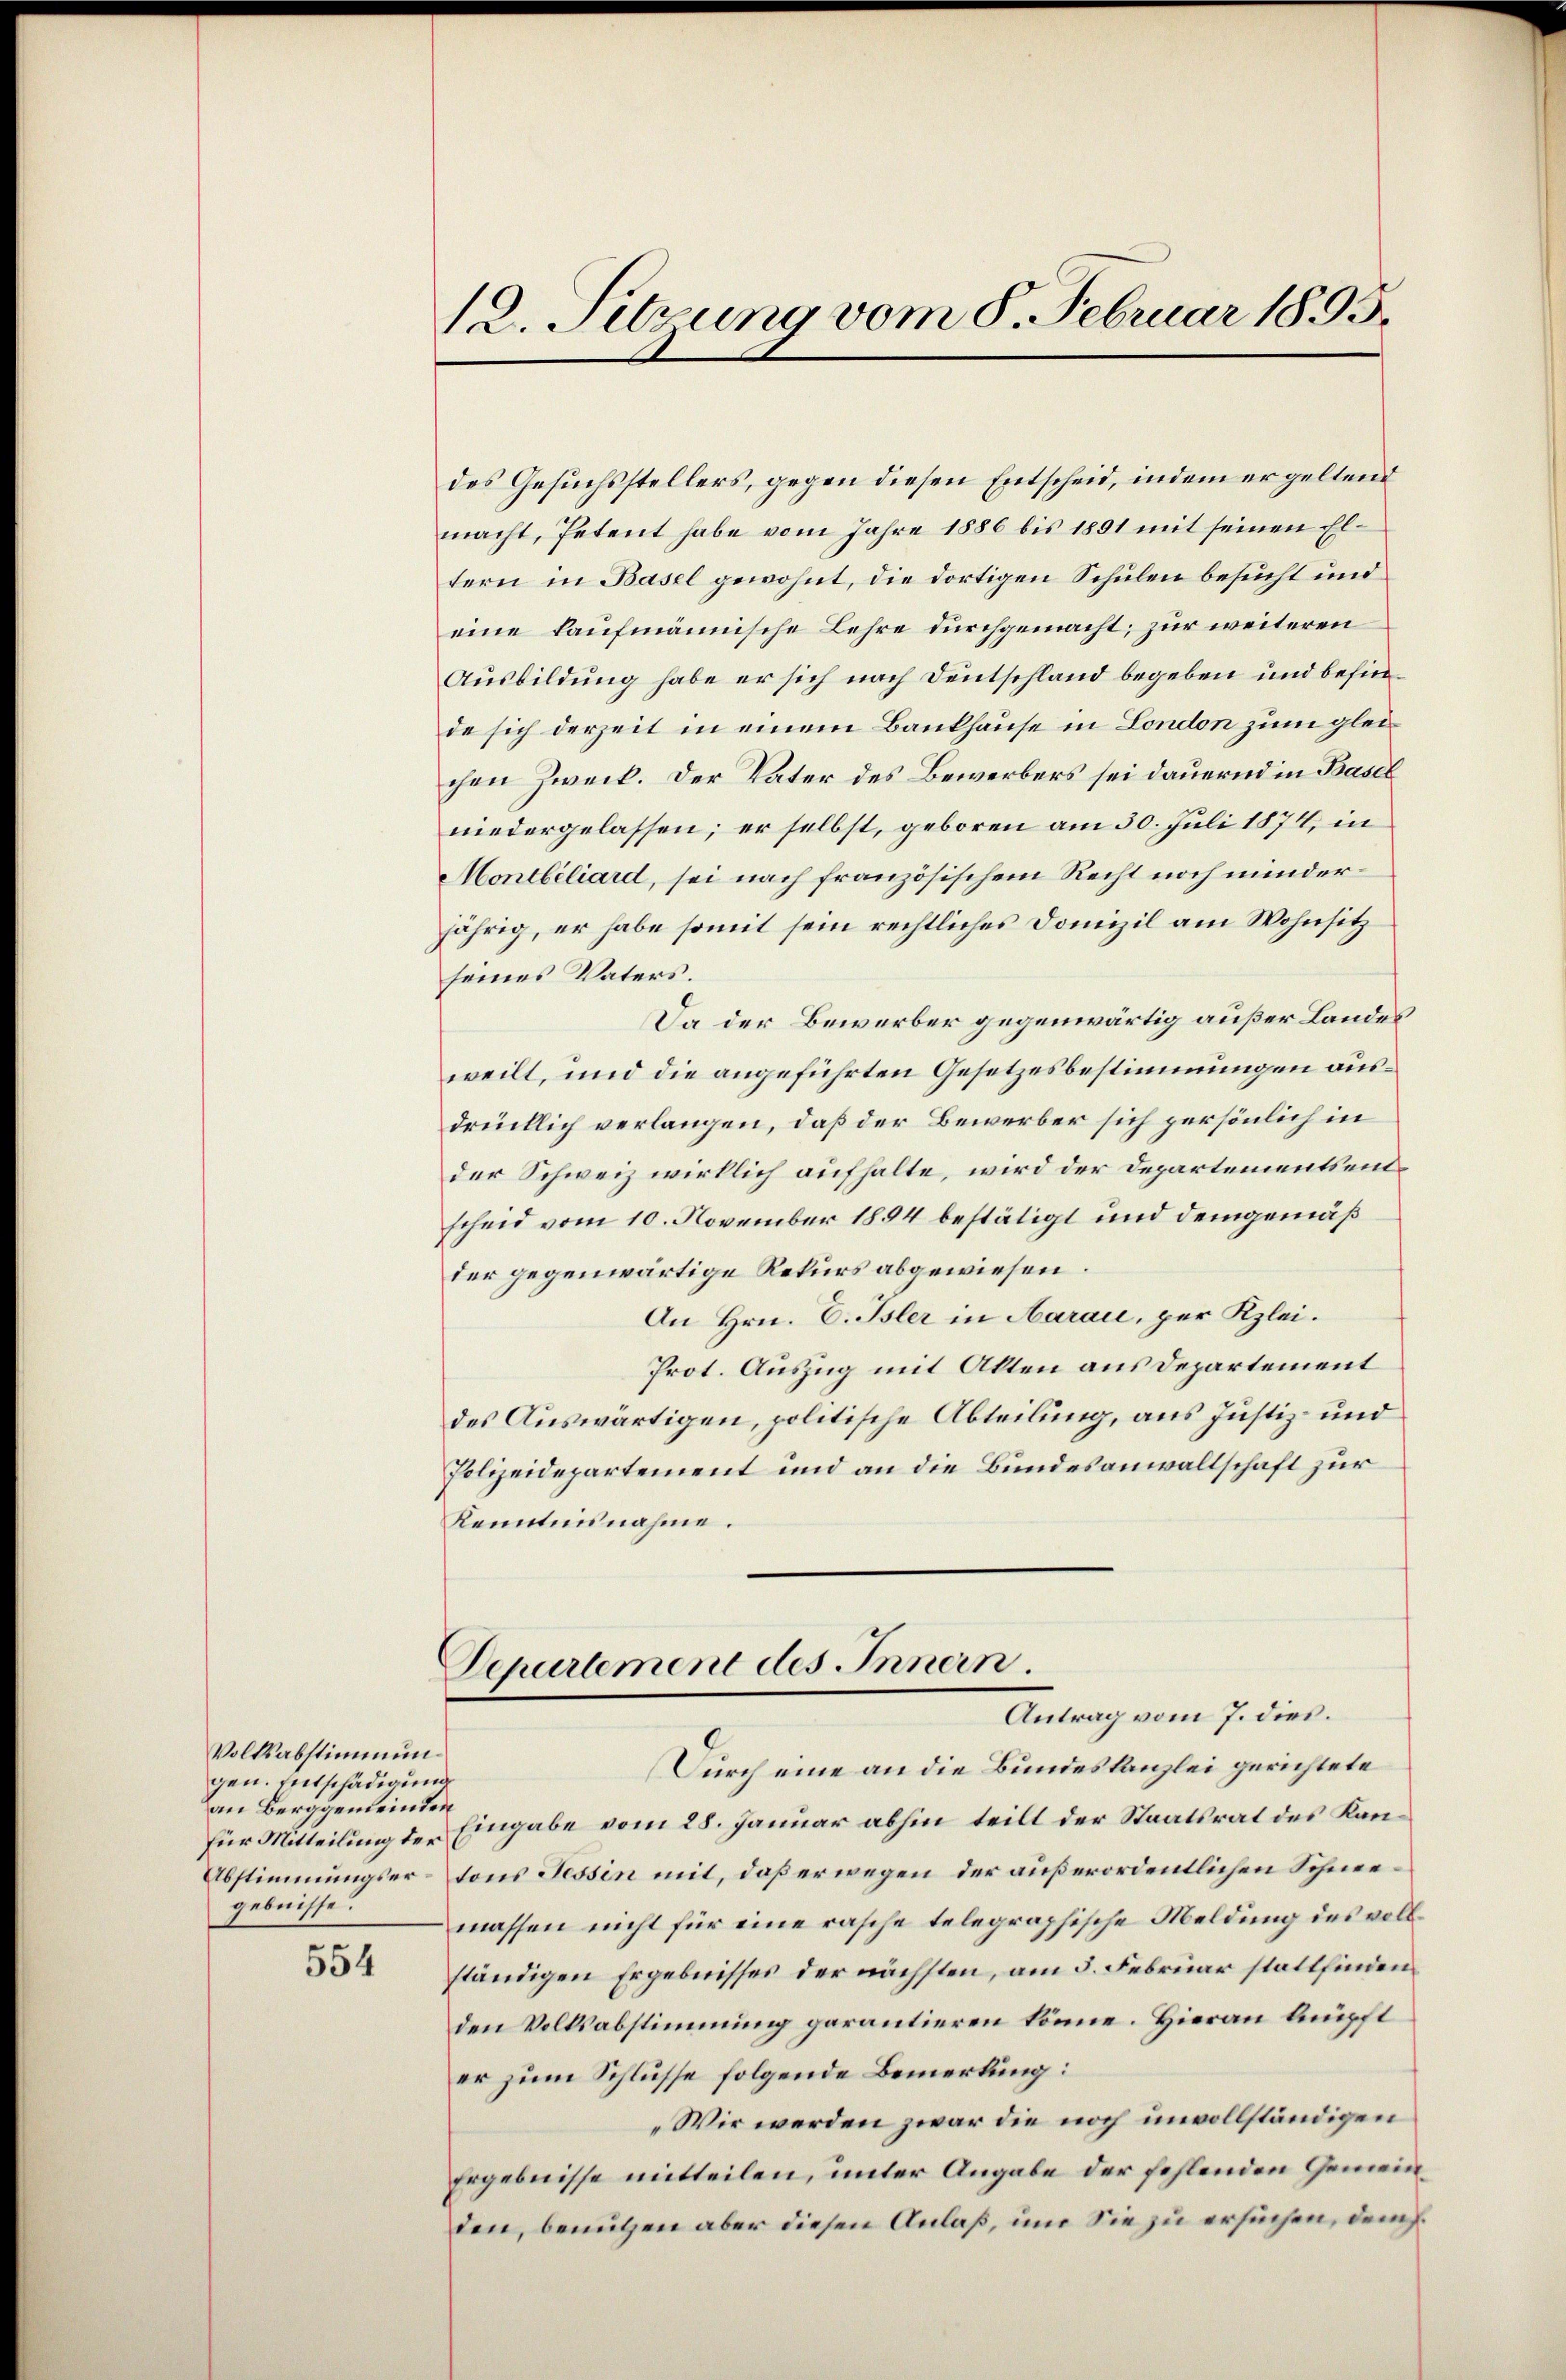
Volksabstimmung
gen. Entschädigung
an Berggemeinden
gebnisse.

554

12. Sitzung vom 8. Februar 1893.

des Gesuchsstellers, gegen diesen Entscheid, indem er geltend
macht, Petent habe vom Jahre 1886 bis 1891 mit seinen Eltern in Basel gewohnt, die dortigen Schulen besucht und
eine kaufmännische Lehre durchgemacht; zur weiteren
Ausbildung habe er sich nach Deutschland begeben und befinde sich derzeit in einem Bankhause in London zum gleichen Zweck. Der Vater des Bewerbers sei dauernd in Basel
niedergelassen; er selbst, geboren am 30. Juli 1874, in
Montbiliard, sei nach französischem Recht noch minder
jährig, er habe somit sein rechtliches Domizil am Wohnsitz
seines Vaters.
Da der Bewerber gegenwärtig außer Landes
weilt, und die angeführten Gesetzesbestimmungen ausdrücklich verlangen, daß der Bewerber sich persönlich in
der Schweiz wirklich aufhalte, wird der Departementsentscheid vom 10. November 1894 bestätigt und demgemäß
der gegenwärtige Rekurs abgewiesen.
An Hrn. E. Isler in Aarau, per Klei¬
Prot. Auszug mit Akten aus Departement
des Auswärtigen, politische Abteilung, aus Justiz- und
Polizeidepartement und an die Bundesanwaltschaft zur
Kenntnisnahme.
Departement des Innern.
Antrag vom 7. dies.
Durch eine an die Bundeskanzlei gerichtete
für Mitteilung der Eingabe vom 28. Januar abhin teilt der Staatsrat des Kan¬
Abstimmungsertons Tessin mit, daß er wegen der außerordentlichen Schneemassen nicht für eine rasche telegraphische Meldung des vollständigen Ergebnisses der nächsten, am 5. Februar stattfinden.
den Volksabstimmung garantieren könne. Hieran knüpft
er zum Schlüsse folgende Bemerkung:
„Wir werden zwar die noch unvollständigen
Ergebnisse mitteilen, unter Angabe der fehlenden Gemeinden, benutzen aber diesen Anlaß, um Sie zu ersuchen, dem